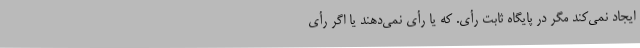
ایجاد نمی‌کند مگر در پایگاه ثابت رأی. که یا رأی نمی‌دهند یا اگر رأی